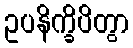
ဥပနိက္ခိပိတွာ